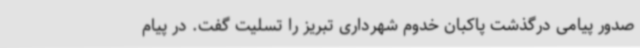
صدور پیامی درگذشت پاکبان خدوم شهرداری تبریز را تسلیت گفت. در پیام